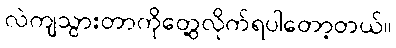
လဲကျသွားတာကိုတွေ့လိုက်ရပါတော့တယ်။